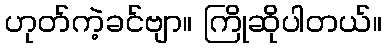
ဟုတ်ကဲ့ခင်ဗျာ။ ကြိုဆိုပါတယ်။